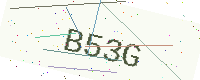
Text: B53G